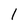
Character: 1